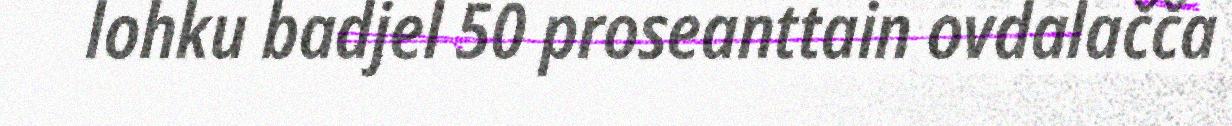
lohku badjel 50 proseanttain ovdalačča